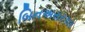
બિનઅસરકાર